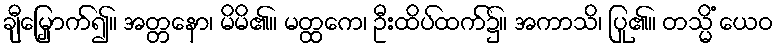
ချီမြှောက်၍။ အတ္တနော၊ မိမိ၏။ မတ္ထကေ၊ ဦးထိပ်ထက်၌။ အကာသိ၊ ပြု၏။ တသ္မိံ ယေဝ